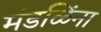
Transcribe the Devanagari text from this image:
मंडळिंना